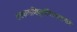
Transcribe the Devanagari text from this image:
तत्रपात्राणिपूर्णानिश्मशानाग्नेः